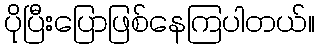
ပိုပြီးပြောဖြစ်နေကြပါတယ်။